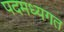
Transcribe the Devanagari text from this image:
पदमध्यगत